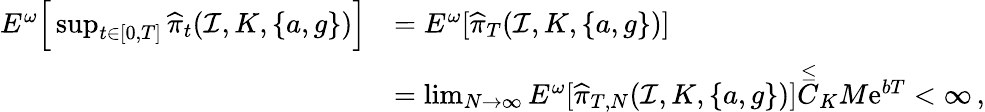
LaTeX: \begin{array}{rl}{E^{\omega}\Big[\operatorname*{sup}_{t\in[0,T]}\widehat{\pi}_{t}(\mathcal I,K,\{ a,g\} )\Big]}&{=E^{\omega}[\widehat{\pi}_{T}(\mathcal I,K,\{ a,g\} )]}\\ &{=\operatorname*{lim}_{N\to\infty}E^{\omega}[\widehat{\pi}_{T,N}(\mathcal I,K,\{ a,g\} )]\stackrel{\leq}C_{K}M\mathrm{e}^{bT}<\infty\, ,}\end{array}